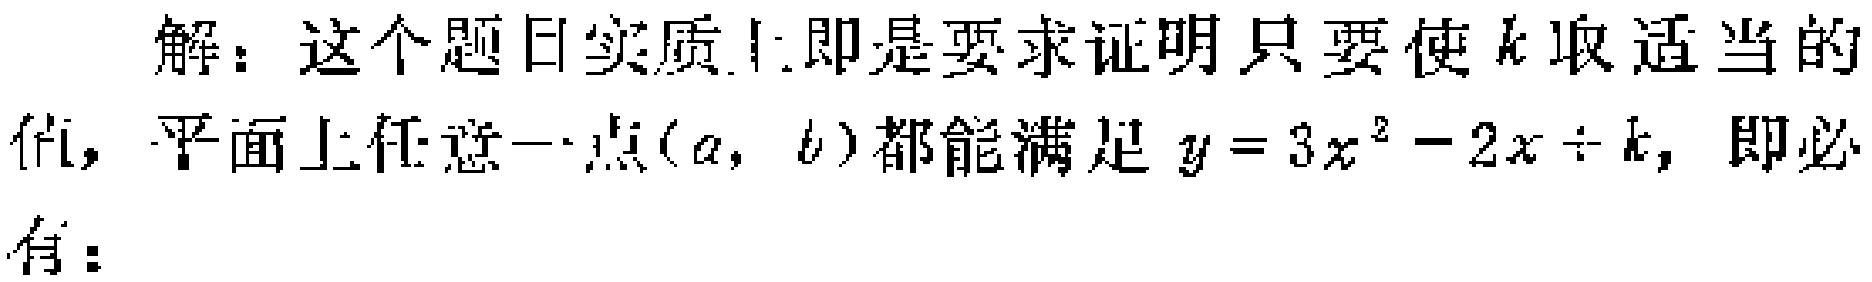
解：这个题目实质上即是要求证明只要使\(k\)取适当的值，平面上任意一点\((a,b)\)都能满足\(y = 3x^{2}-2x + k\)，即必有：